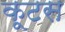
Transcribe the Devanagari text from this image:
कूटस